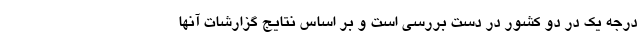
درجه یک در دو کشور در دست بررسی است و بر اساس نتایج گزارشات آنها